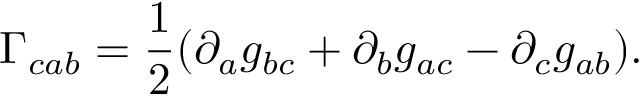
\Gamma _ { c a b } = \frac 1 2 ( \partial _ { a } g _ { b c } + \partial _ { b } g _ { a c } - \partial _ { c } g _ { a b } ) .